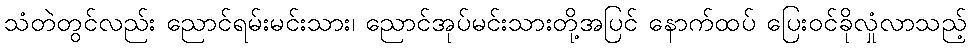
သံတဲတွင်လည်း ညောင်ရမ်းမင်းသား၊ ညောင်အုပ်မင်းသားတို့အပြင် နောက်ထပ် ပြေးဝင်ခိုလှုံလာသည့်